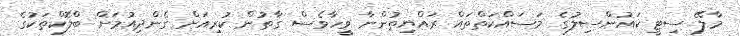
މާލޭ ސިޓީ ކައުންސިލުގެ މަސައްކަތްތައް ރައްޔިތުންނާ ވީހާވެސް ގާތުން ކުރިއަށް ގެންދިއުމަށް ބްލޮކްތަކުގެ